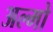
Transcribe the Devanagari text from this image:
अल्मो